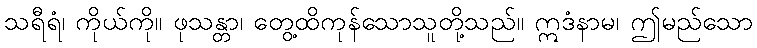
သရီရံ၊ ကိုယ်ကို။ ဖုသန္တာ၊ တွေ့ထိကုန်သောသူတို့သည်။ ဣဒံနာမ၊ ဤမည်သော